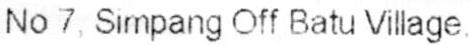
NO 7. SIMPANG OFF BATU VILLAGE.